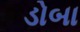
ડોબા